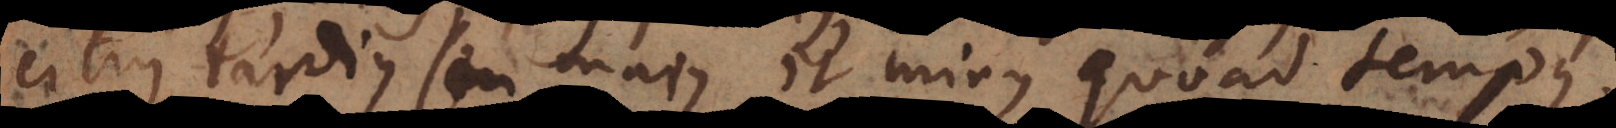
citius, tardius seu majus et minus quoad tempus.